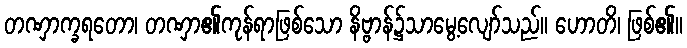
တဏှာက္ခရတော၊ တဏှာ၏ကုန်ရာဖြစ်သော နိဗ္ဗာန်၌သာမွေ့လျော်သည်။ ဟောတိ၊ ဖြစ်၏။